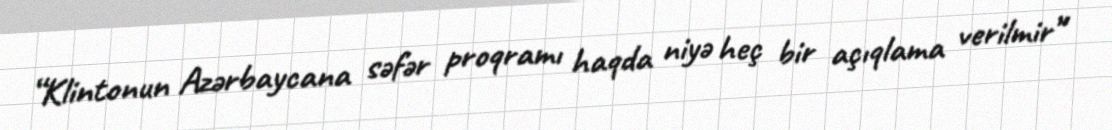
“Klintonun Azərbaycana səfər proqramı haqda niyə heç bir açıqlama verilmir”